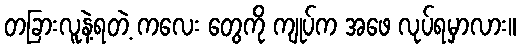
တခြားလူနဲ့ရတဲ့ ကလေး တွေကို ကျုပ်က အဖေ လုပ်ရမှာလား။